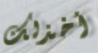
أخذلك